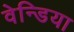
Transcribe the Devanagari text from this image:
वेन्डिया